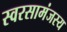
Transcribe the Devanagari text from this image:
स्वरसामंजस्य